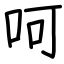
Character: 呵